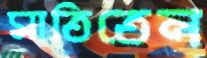
মাতিতেন